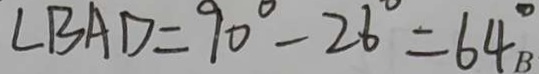
\angle B A D = 9 0 ^ { \circ } - 2 6 ^ { \circ } = 6 4 ^ { \circ } B